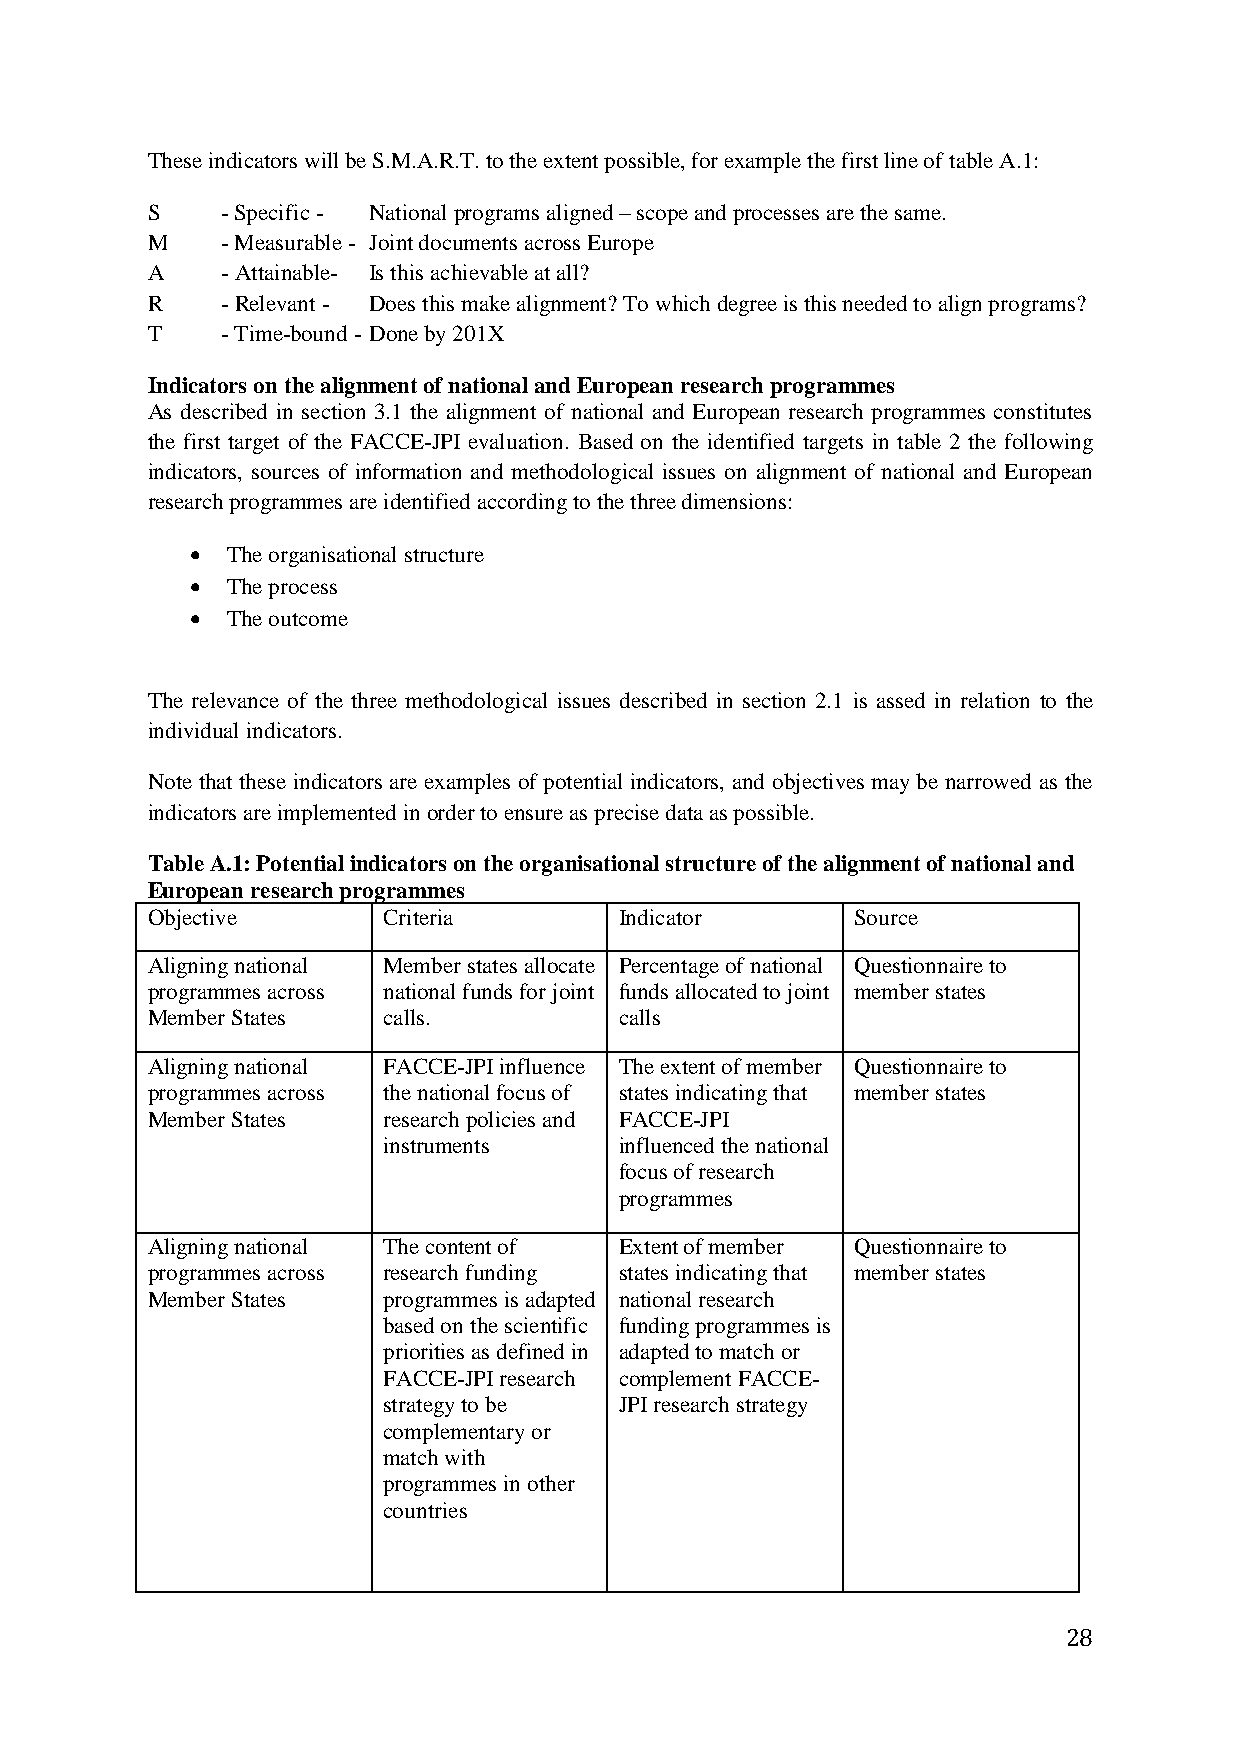
These indicators will be S.M.A.R.T. to the extent possible, for example the first line of table A.1:
 S    - Specific - National programs aligned – scope and processes are the same.
 M    - Measurable - Joint documents across Europe
 A    - Attainable- Is this achievable at all?
 R    - Relevant - Does this make alignment? To which degree is this needed to align programs?
 T    - Time-bound - Done by 201X
 Indicators on the alignment of national and European research programmes
 As described in section 3.1 the alignment of national and European research programmes constitutes
 the first target of the FACCE-JPI evaluation. Based on the identified targets in table 2 the following
 indicators, sources of information and methodological issues on alignment of national and European
 research programmes are identified according to the three dimensions:
  The organisational structure
  The process
  The outcome
 The relevance of the three methodological issues described in section 2.1 is assed in relation to the
 individual indicators.
 Note that these indicators are examples of potential indicators, and objectives may be narrowed as the
 indicators are implemented in order to ensure as precise data as possible.
 Table A.1: Potential indicators on the organisational structure of the alignment of national and
 European research programmes
 Objective      Criteria        Indicator       Source
 Aligning national Member states allocate Percentage of national Questionnaire to
 programmes across national funds for joint funds allocated to joint member states
 Member States  calls.          calls
 Aligning national FACCE-JPI influence The extent of member Questionnaire to
 programmes across the national focus of states indicating that member states
 Member States  research policies and FACCE-JPI
 instruments     influenced the national
 focus of research
 programmes
 Aligning national The content of Extent of member Questionnaire to
 programmes across research funding states indicating that member states
 Member States  programmes is adapted national research
 based on the scientific funding programmes is
 priorities as defined in adapted to match or
 FACCE-JPI research complement FACCE-
 strategy to be  JPI research strategy
 complementary or
 match with
 programmes in other
 countries
 28